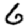
Digit: 6